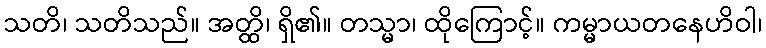
သတိ၊ သတိသည်။ အတ္ထိ၊ ရှိ၏။ တသ္မာ၊ ထိုကြောင့်။ ကမ္မာယတနေဟိဝါ၊